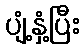
ပျံ့နှံ့ပြီး